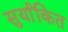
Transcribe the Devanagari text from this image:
सुर्यांकित